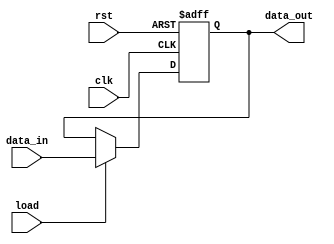
module D_flop (
    // data_in := Zflag
    output reg  data_out,
    // data_out := all_zero_flag
    input   data_in, load, clk, rst
);
    always @ (posedge clk or negedge rst)
        if (rst == 0) 
            data_out <= 0; 
        else if (load == 1)
            data_out <= data_in;
endmodule